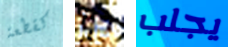
كقطعة جدا يجلب